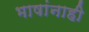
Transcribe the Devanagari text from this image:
भाषांनाही